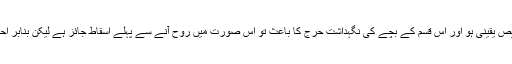
ج: اگر بچے کى بيمارى کى تشخيص يقينى ہو اور اس قسم کے بچے کى نگہداشت حرج کا باعث تو اس صورت ميں روح آنے سے پہلے اسقاط جائز ہے ليکن بنابر احتياط اسکى ديت ادا رکرنا چاہيئے۔